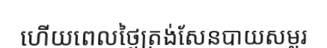
ហើយពេលថ្ងៃត្រង់សែនបាយសម្លរ